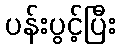
ပန်းပွင့်ပြီး